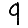
Digit: 9